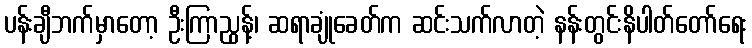
ပန်းချီဘက်မှာတော့ ဦးကြာညွန့်၊ ဆရာချုံခေတ်က ဆင်းသက်လာတဲ့ နန်းတွင်းနိပါတ်တော်ရေး